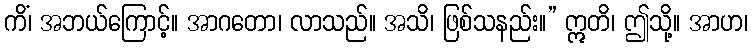
ကိံ၊ အဘယ်ကြောင့်။ အာဂတော၊ လာသည်။ အသိ၊ ဖြစ်သနည်း။” ဣတိ၊ ဤသို့။ အာဟ၊